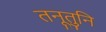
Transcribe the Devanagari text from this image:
तनूतुनि